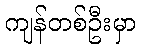
ကျန်တစ်ဦးမှာ